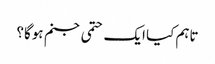
تاہم کیا ایک حتمی جنم ہوگا؟